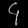
Digit: ၄